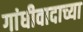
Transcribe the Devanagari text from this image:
गांधीवादाच्या